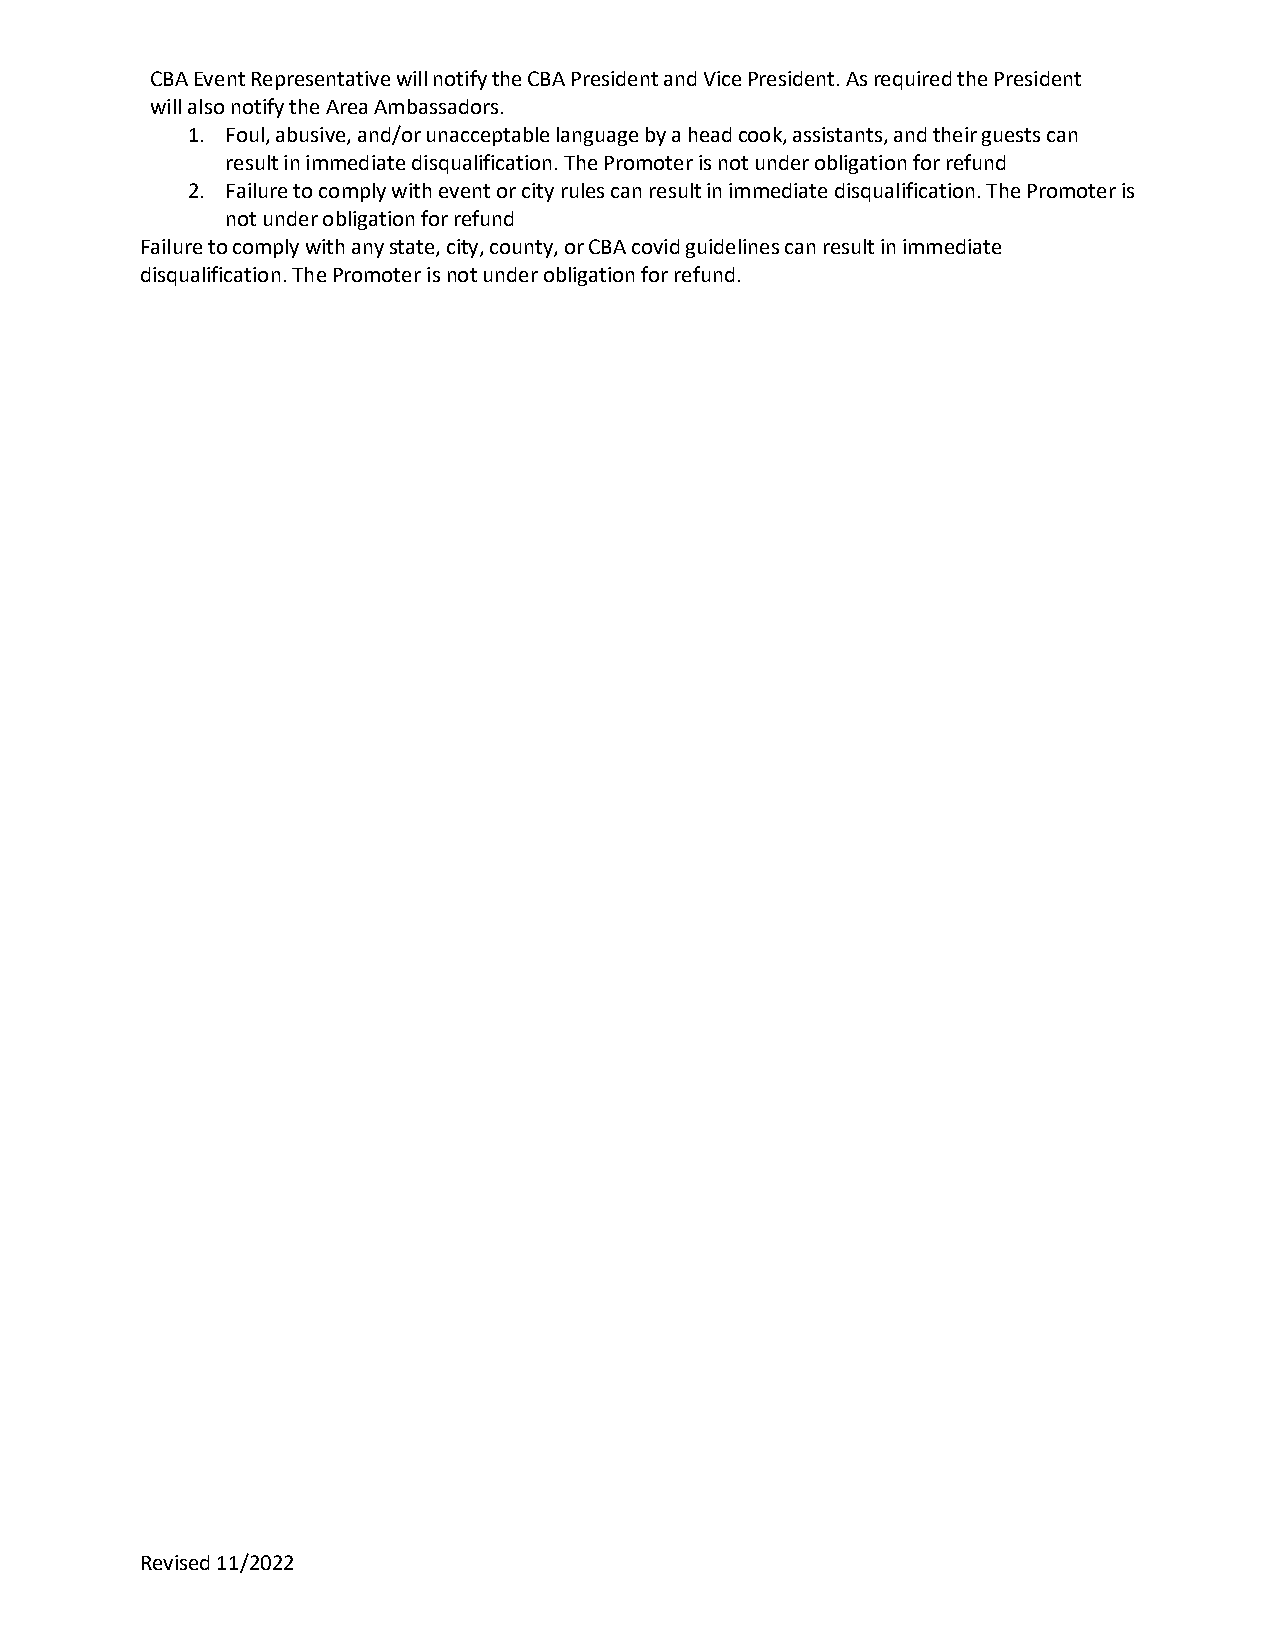
CBA Event Representative will notify the CBA President and Vice President. As required the President
 will also notify the Area Ambassadors.
 1. Foul, abusive, and/or unacceptable language by a head cook, assistants, and their guests can
 result in immediate disqualification. The Promoter is not under obligation for refund
 2. Failure to comply with event or city rules can result in immediate disqualification. The Promoter is
 not under obligation for refund
 Failure to comply with any state, city, county, or CBA covid guidelines can result in immediate
 disqualification. The Promoter is not under obligation for refund.
 Revised 11/2022